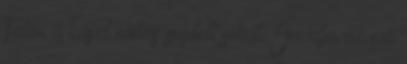
Talán a kaszt váltás segített sokat. Imádja az erő